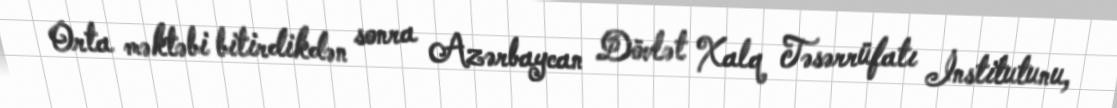
Orta məktəbi bitirdikdən sonra Azərbaycan Dövlət Xalq Təsərrüfatı İnstitutunu,